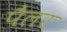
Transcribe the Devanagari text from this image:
पैलर